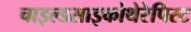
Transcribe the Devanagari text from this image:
चाइल्डसाइकोथेरेपिस्ट